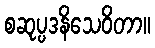
စဆုပ္ပဒနိသေဝိတာ။